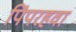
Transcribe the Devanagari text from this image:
पिंपरहवा